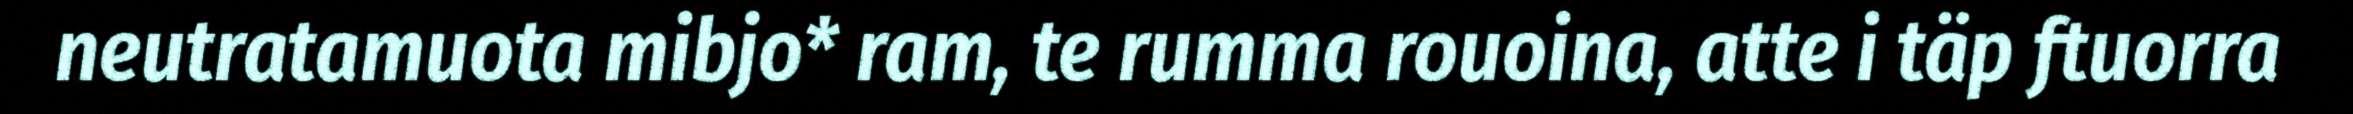
neutratamuota mibjo* ram, te rumma rouoina, atte i täp ftuorra